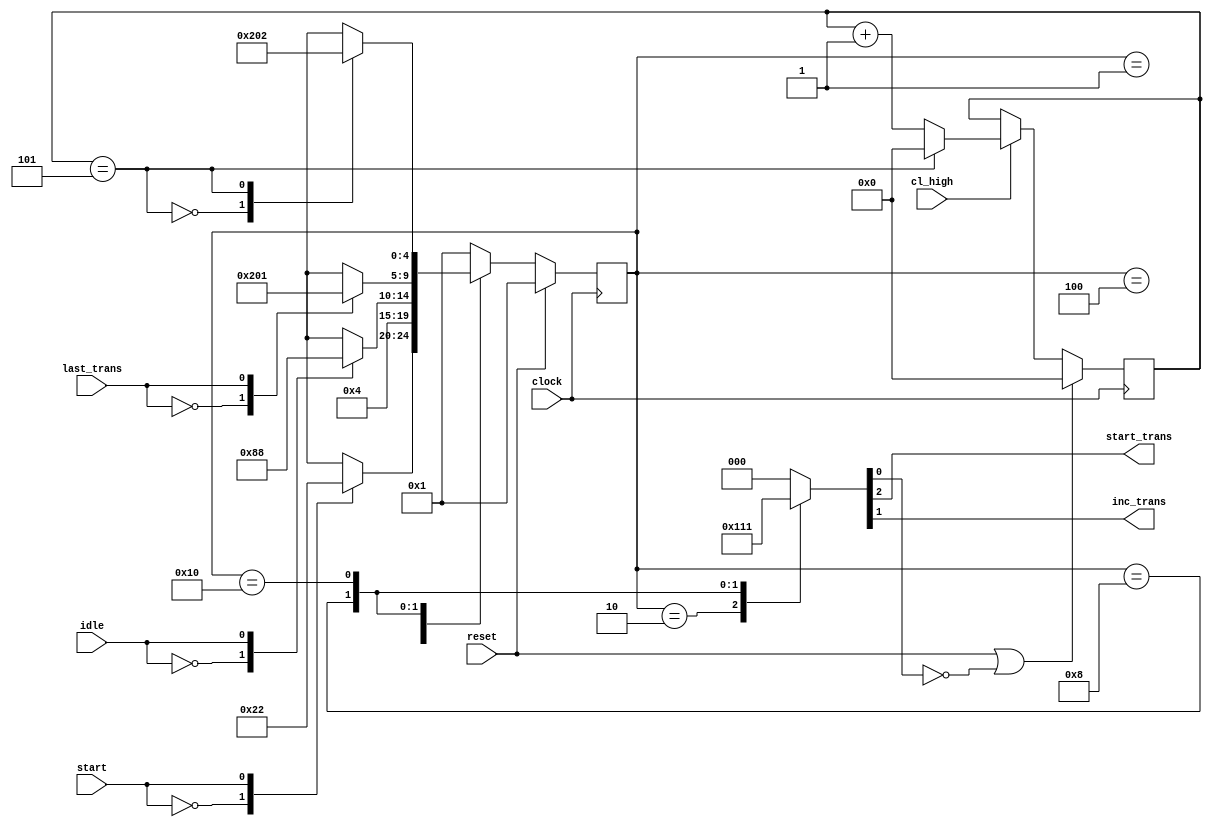
`default_nettype none

module i2c_transmitter_fsm(
	clock,
	reset,
	idle,
	last_trans,
	start,
	cl_high,
	start_trans,
	inc_trans
);

	input wire clock;
	input wire reset;
	input wire idle;
	input wire last_trans;
	input wire start;
	input wire cl_high;

	output reg start_trans;
	output reg inc_trans;

	reg continue;
	reg count_highs;
	parameter HIGHS = 6'd5;
	reg [5:0] high_count = 6'd0;

	reg [3:0] control;
	reg [2:0] outputs;

	parameter INIT   = 5'b00001;
	parameter START  = 5'b00010;
	parameter TRANS  = 5'b00100;
	parameter UPDATE = 5'b01000;
	parameter WAIT   = 5'b10000;
	reg [4:0] state = INIT;

	always @(*) begin
		control = {idle, last_trans, start, continue};
		
		case(state)
			INIT:   outputs = 3'b000;
			START:  outputs = 3'b100;
			TRANS:  outputs = 3'b000;
			UPDATE: outputs = 3'b010;
			WAIT:   outputs = 3'b001;
			default: outputs = 3'b000;
		endcase

		start_trans = outputs[2];
		inc_trans = outputs[1];
		count_highs = outputs[0];
	end

	always @(posedge clock) begin
		if(reset) begin
			state <= INIT;
		end
		else case(state)
			INIT: casex(control)
				4'bXX0X: state <= INIT;
				4'bXX1X: state <= START;
			endcase
			START: state <= TRANS;
			TRANS: casex(control)
				4'b0XXX: state <= TRANS;
				4'b1XXX: state <= UPDATE;
			endcase
			UPDATE: casex(control)
				4'bX0XX: state <= WAIT;
				4'bX1XX: state <= INIT;
			endcase
			WAIT: casex(control)
				4'bXXX0: state <= WAIT;
				4'bXXX1: state <= START;
			endcase
			default: state <= INIT;
		endcase
	end

	always @(posedge clock) begin
		if(reset || !count_highs) begin
			high_count <= 6'd0;
		end
		else if(!cl_high) begin
			high_count <= high_count;
		end
		else if(continue) begin
			high_count <= 6'd0;
		end
		else begin
			high_count <= high_count + 6'd1;
		end
	end

	always @(*) begin
		continue = (high_count == HIGHS);
	end
endmodule